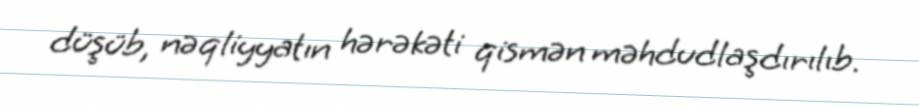
düşüb, nəqliyyatın hərəkəti qismən məhdudlaşdırılıb.